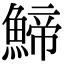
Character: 䱱